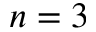
n = 3